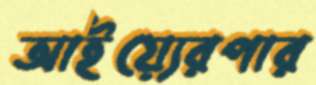
আইয়্যেরপার